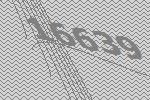
16639